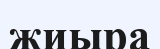
жиыра